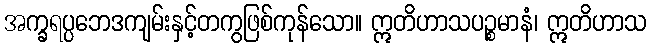
အက္ခရပ္ပဘေဒကျမ်းနှင့်တကွဖြစ်ကုန်သော။ ဣတိဟာသပဉ္စမာနံ၊ ဣတိဟာသ